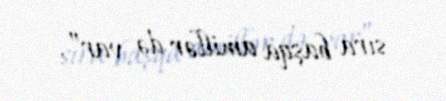
sıra başqa amillər də var”.